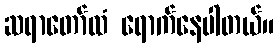
ဆရာတော်ထံ ရောက်နေပါတယ်။